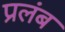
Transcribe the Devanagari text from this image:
प्रलंब